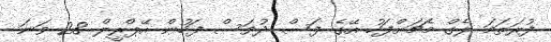
ފުރަތަމަ ލެގް މެޗަށްފަހު އޭގެ ފަސް ދުވަސް ފަހުން އޭޕްރީލް 28 ވަނަ